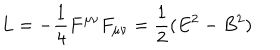
L = - \frac { 1 } { 4 } F ^ { \mu \nu } F _ { \mu \nu } = \frac { 1 } { 2 } ( E ^ { 2 } - B ^ { 2 } )